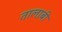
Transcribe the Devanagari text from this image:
तालाबी